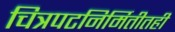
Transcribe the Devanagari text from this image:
चित्रपटनिर्मितीतही